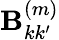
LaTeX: \textbf{B}_{kk^{\prime}}^{(m)}